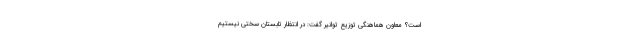
است؟ معاون هماهنگی توزیع توانیر گفت: در انتظار تابستان سختی نیستیم